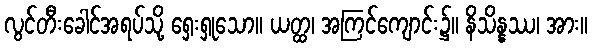
လွင်တီးခေါင်အရပ်သို့ ရှေးရှုသော။ ယတ္ထ၊ အကြင်ကျောင်း၌။ နိသိန္နဿ၊ အား။